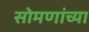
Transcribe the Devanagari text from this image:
सोमणांच्या